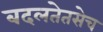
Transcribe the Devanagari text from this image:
बदलतेतसेच